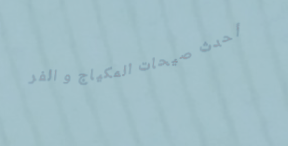
أحدث صيحات المكياج و الفر